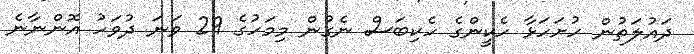
ދައުލަތުން ހުށަހަޅާ ހެކީންގެ ހެކިބަސް ނެގުން މިމަހުގެ 29 ވަނަ ދުވަހު އޮންނާނެ